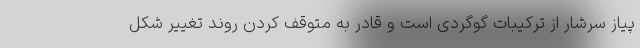
پیاز سرشار از ترکیبات گوگردی است و قادر به متوقف کردن روند تغییر شکل